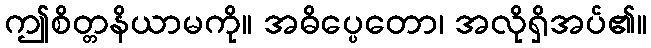
ဤစိတ္တနိယာမကို။ အဓိပ္ပေတော၊ အလိုရှိအပ်၏။